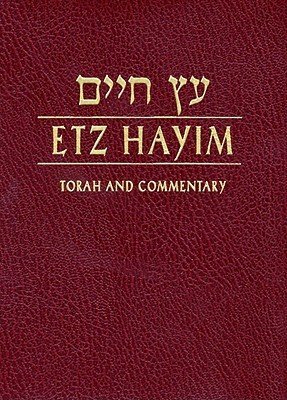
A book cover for Etz Hayim: Torah and Commentary; Religion & Spirituality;